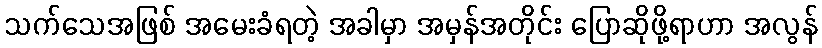
သက်သေအဖြစ် အမေးခံရတဲ့ အခါမှာ အမှန်အတိုင်း ပြောဆိုဖို့ရာဟာ အလွန်